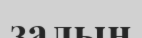
залын